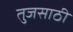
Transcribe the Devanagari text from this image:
तुजसाठी